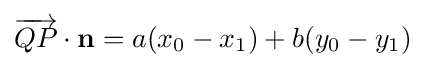
{\overrightarrow {QP}}\cdot \mathbf {n} =a(x_{0}-x_{1})+b(y_{0}-y_{1})